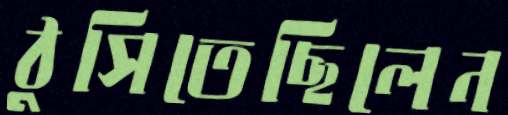
ঠুসিতেছিলেন